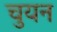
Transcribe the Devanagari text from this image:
चुयन